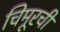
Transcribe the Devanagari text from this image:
चिमूरची